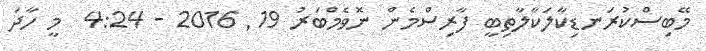
މޭބިސްކުރަނޑިކާލަކާލާތިބީީީީީީީީީީީީީީީީ ފާރިސްމެން ނޮވެމްބަރު 19